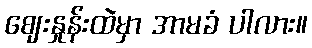
ဈေးနှုန်းထဲမှာ အာမခံ ပါလား။